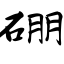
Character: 硼